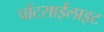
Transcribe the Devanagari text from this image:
पोंटसाईलाइट